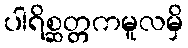
ပါရိစ္ဆတ္တကမူလမှိ